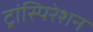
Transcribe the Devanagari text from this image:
ट्रांस्पिरेशन